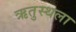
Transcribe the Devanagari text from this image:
ऋतुस्थला